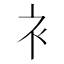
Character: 衤